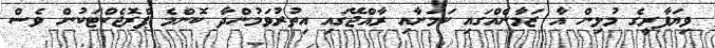
ވިޔަފާރީގެ މުޅިން އާ ޒަމާނެއްގައި ކަމަށާއި ރާއްޖޭގައި އިތުރުވަމުންދާ ކޮންމެ ޕްރޮޖެކްޓަކުން ވެސް